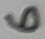
Text: 6